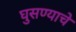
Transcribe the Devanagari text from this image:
घुसण्याचे